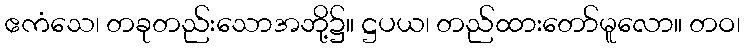
ဧကံသေ၊ တခုတည်းသောအဘို့၌။ ဋ္ဌပယ၊ တည်ထားတော်မူလော။ တဝ၊